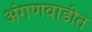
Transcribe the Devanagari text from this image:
अंगणवाडीत